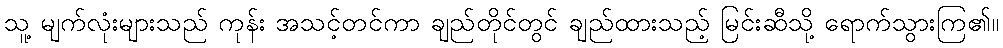
သူ့ မျက်လုံးများသည် ကုန်း အသင့်တင်ကာ ချည်တိုင်တွင် ချည်ထားသည့် မြင်းဆီသို့ ရောက်သွားကြ၏။